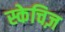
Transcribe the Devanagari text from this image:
स्केचिज़